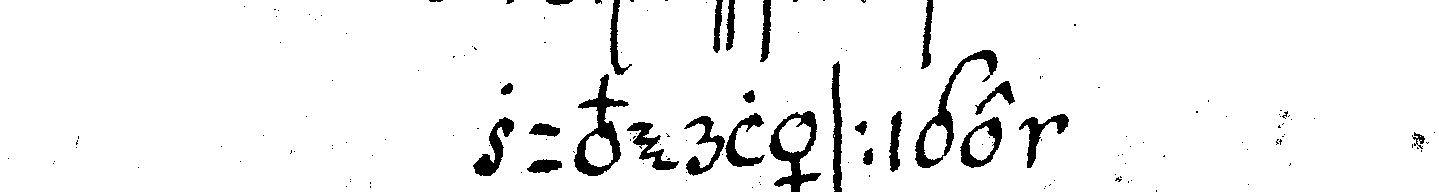
zuverlässige